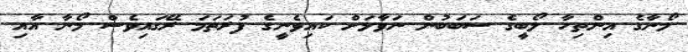
މޯނާގެ އިންތިހާ ލޯބީގެ ސަބަބުން ނަވާލަށް ކައިވެނީގެ ފުރަތަމަ ރޭގައިވެސް މޯނާ އާއި